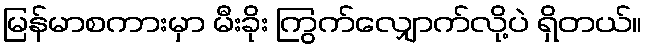
မြန်မာစကားမှာ မီးခိုး ကြွက်လျှောက်လို့ပဲ ရှိတယ်။